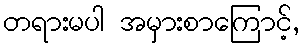
တရားမပါ အမှားစာကြောင့်,